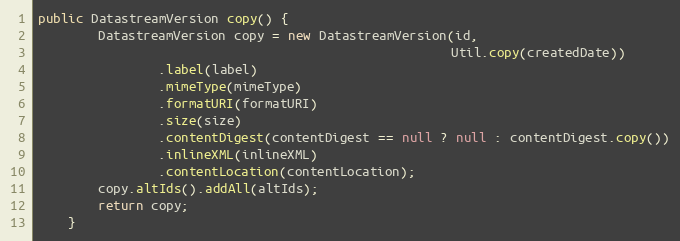
Language: Java
public DatastreamVersion copy() {
        DatastreamVersion copy = new DatastreamVersion(id,
                                                       Util.copy(createdDate))
                .label(label)
                .mimeType(mimeType)
                .formatURI(formatURI)
                .size(size)
                .contentDigest(contentDigest == null ? null : contentDigest.copy())
                .inlineXML(inlineXML)
                .contentLocation(contentLocation);
        copy.altIds().addAll(altIds);
        return copy;
    }